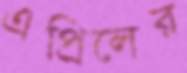
এপ্রিলের